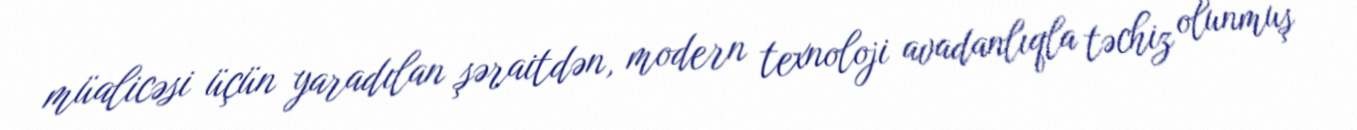
müalicəsi üçün yaradılan şəraitdən, modern texnoloji avadanlıqla təchiz olunmuş